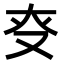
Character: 𠬲